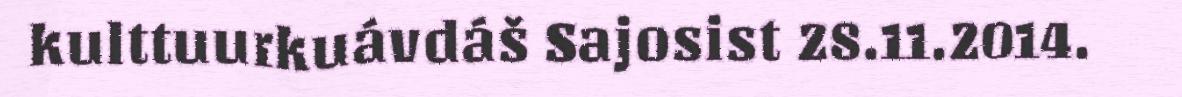
kulttuurkuávdáš Sajosist 28.11.2014.